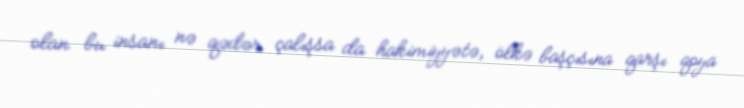
olan bu insanı nə qədər çalışsa da hakimiyyətə, ölkə başçısına qarşı qoya